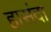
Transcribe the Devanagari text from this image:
हासंदा